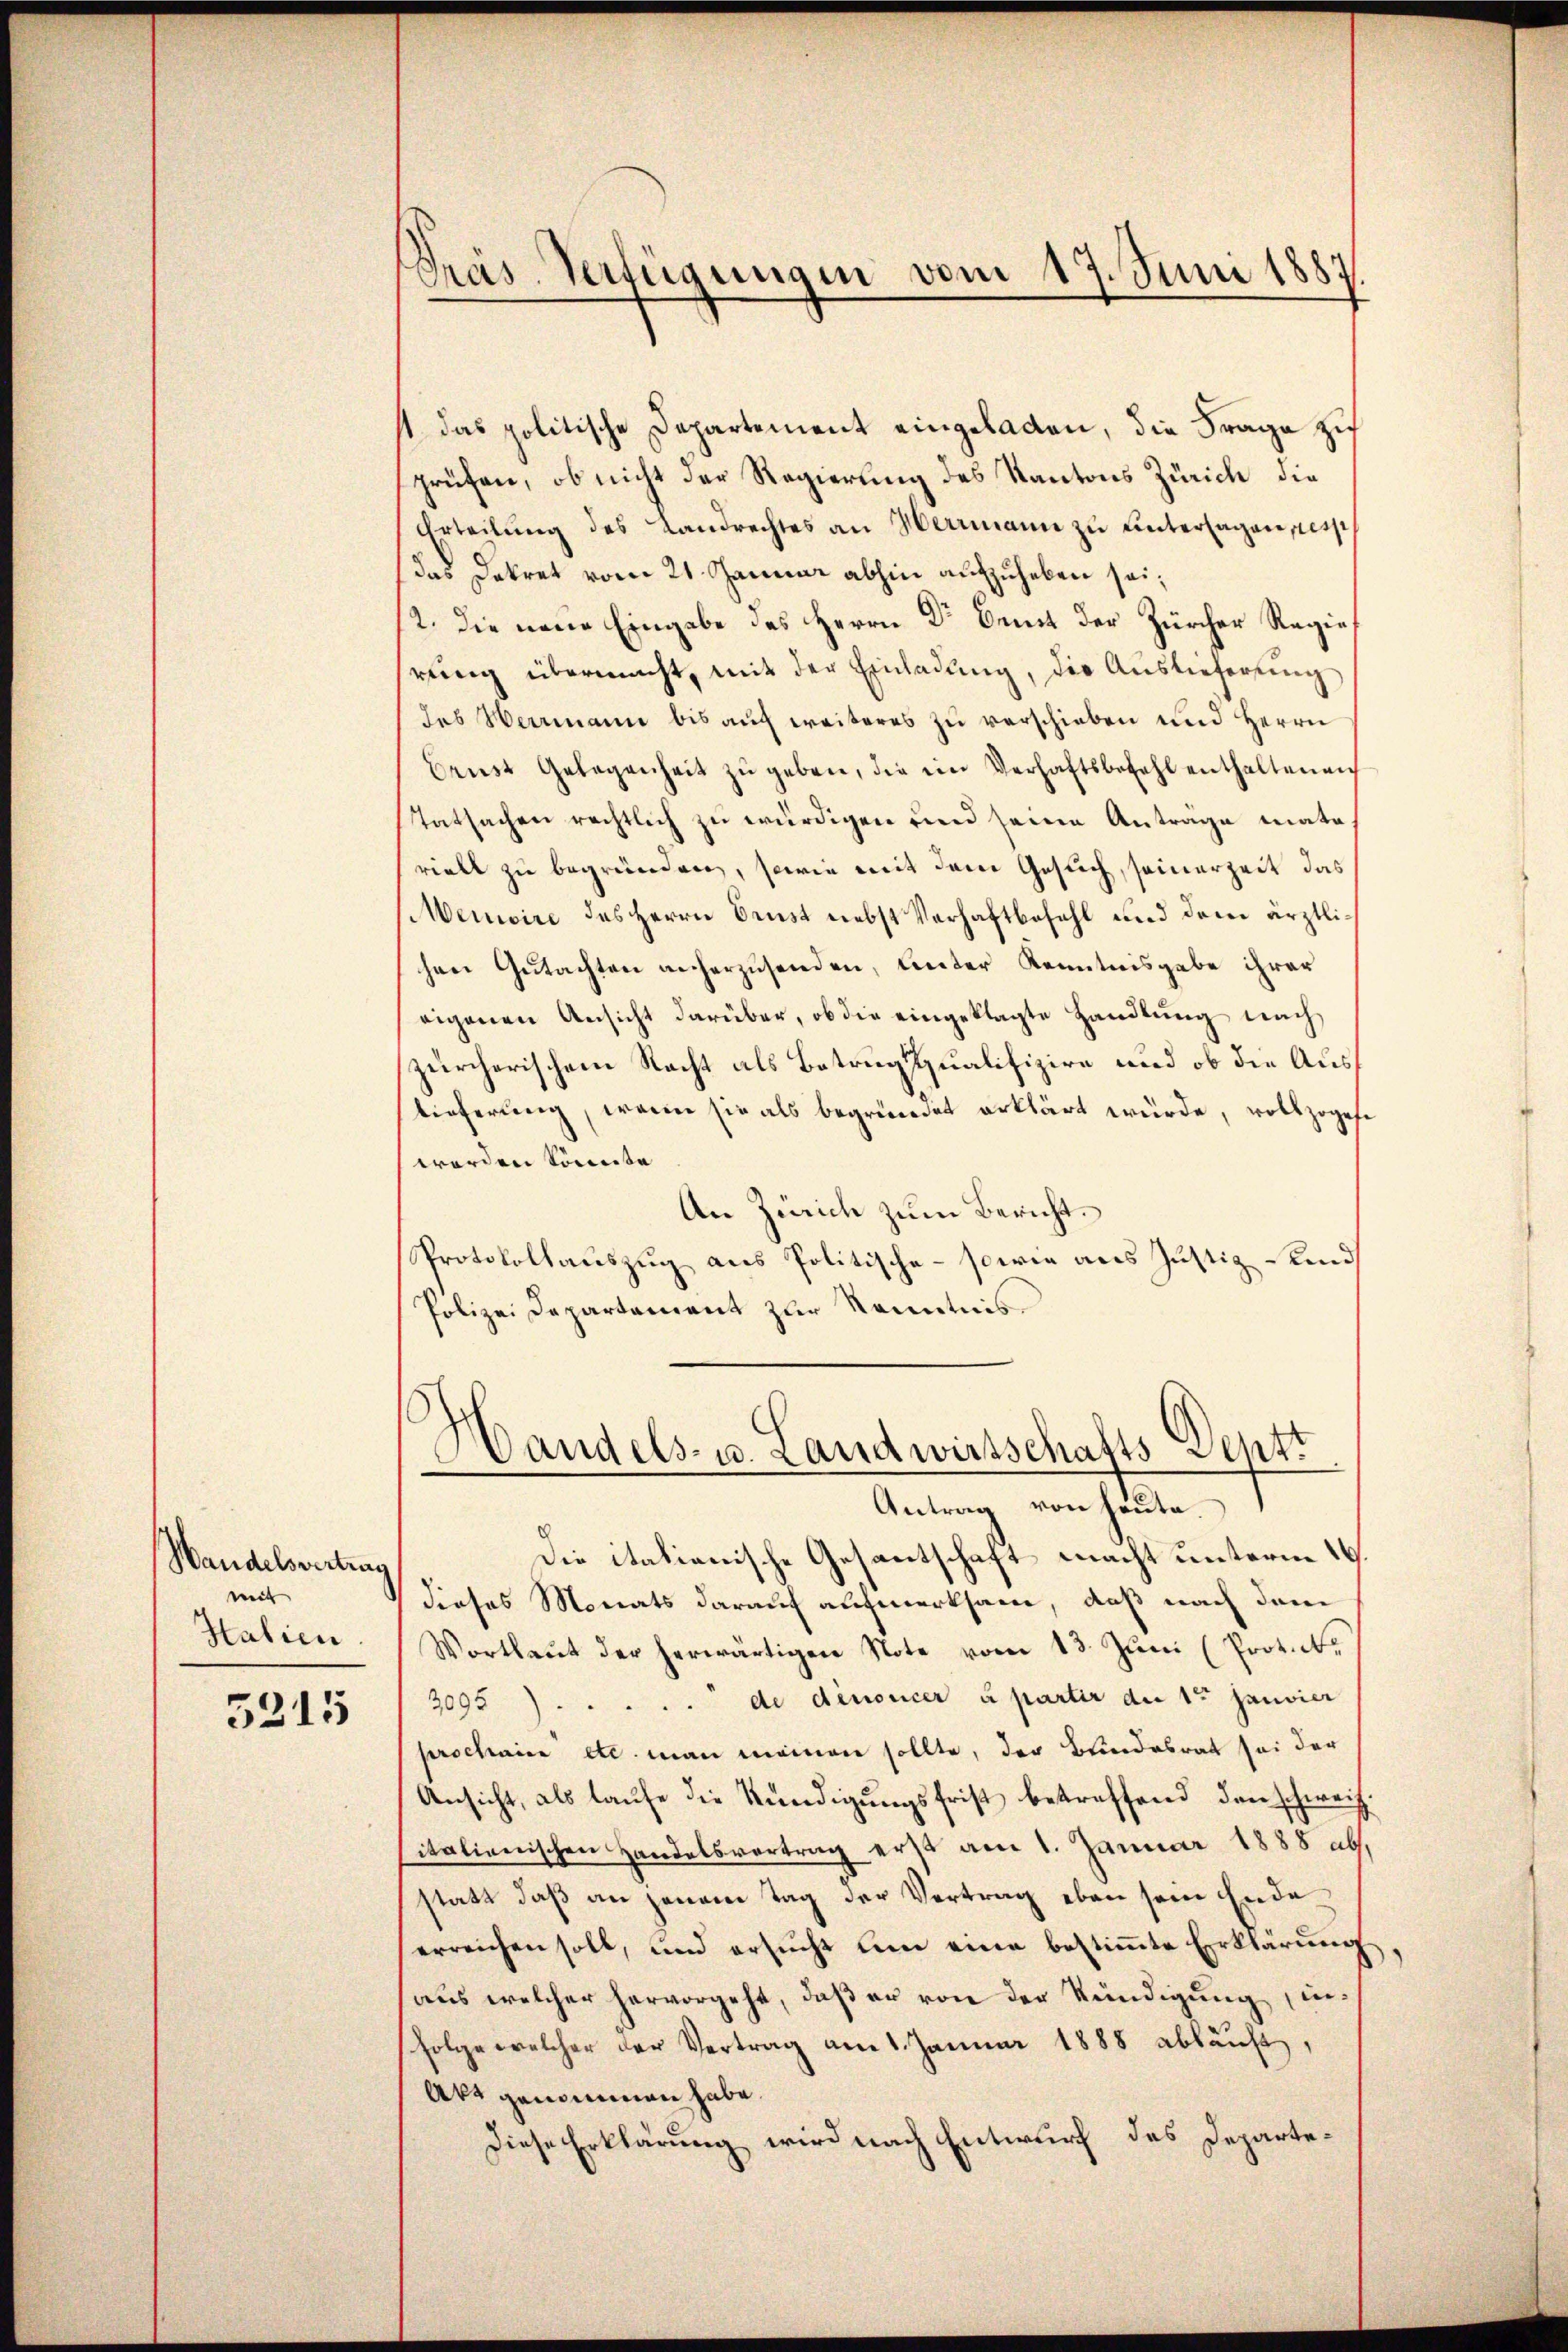
Handelsvertrag
mit
Halien.

5215

Präs. Verfügungen vom 17. Juni 1887.

st das politische Departement eingeladen, die Frage zu
prüfen, ob nicht der Regierung des Kantons Zürich die
Erteilŭng des Landrechtes an Herrmann zŭ ŭntersagen pessi
das Dekret vom 21. Januar abhin aufzuheben sei,
2. Die neue Eingabe des Herrn Dr Bemit der Zürcher Regierŭng übermacht, mit der Einladung, die Auslieferung
des Herrmann bis aŭf weiteres zŭ verschieben und Herrn
brust Gelegenheit zŭ geben, die ein Verhaftsbefehl enthaltenen
Tatsachen rechtlich zu würdigen und seine Antrage mate
riell zu begründen, sowie mit dem Gesuch, seinerzeit das
Memoire des Herrn Drust nebst Verhaftbefehl und dem ärztlihen Gutachten ancherzusenden, unter Kenntnisgabe ihrer
eigenen Ansicht darüber, ob die eingeklagte Handlung nach
zürcherischem Nacht als Betrug qualifizire und ob die Austieferung, wenn sie als begründet erklärt würde, vollzogese
worden Sonnte
An Zürich zum Bericht.
Protokollauszug aus Politische - sowie aus Justiz und
Polizei Departement zur Kenntnis
Handels- u. Landwirtschafts-Deptt
Antrag von heute.
Die italianische Gesantschaft macht unterm 19.
dieses Monats darauf aufmerksam, daß nach dem
Wortlaut der herwärtigen Note vom 13. Jŭni (Prot. l.
3095) . . . . . de denoncer à partir die 1ten Janvier
prschaire etc. man meinen sollte, der Bundesrat sei der
Ansicht, als laufe die Kündigungsfrist betreffend den schweiz.
italienischen Handelsvortrag erst am 1. Januar 1888 ab.
statt daß an jenem Tag der Vertrag eben sein Ende
erreichen soll, und ersucht um eine bestimmte Erklärung
aus welcher hervorgeht, daß er von der Kündigung, infolge welcher der Vertrag am 1. Januar 1888 ablauf,
Akt genommen habe.
Diese Erklärung wird nach Entwurf des Departe¬